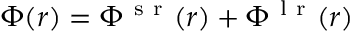
\Phi ( r ) = \Phi ^ { \mathrm { ~ s ~ r ~ } } ( r ) + \Phi ^ { \mathrm { ~ l ~ r ~ } } ( r )